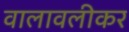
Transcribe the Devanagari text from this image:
वालावलीकर